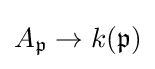
A_{\mathfrak {p}}\to k({\mathfrak {p}})